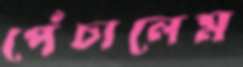
পেঁচালেম